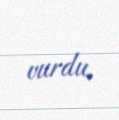
vurdu.